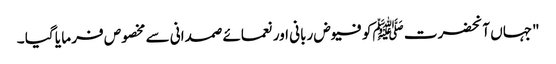
"جہاں آنحضرت ﷺکو فیوض ربانی اور نعمائے صمدانی سے مخصوص فر ما یا گیا ۔